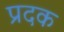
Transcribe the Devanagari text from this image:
प्रदक